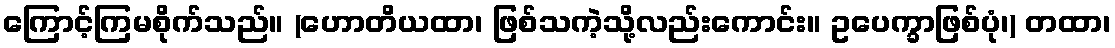
ကြောင့်ကြမစိုက်သည်။ (ဟောတိယထာ၊ ဖြစ်သကဲ့သို့လည်းကောင်း။ ဥပေက္ခာဖြစ်ပုံ၊) တထာ၊